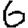
Digit: 6